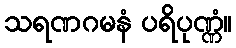
သရဏဂမနံ ပရိပုဏ္ဏံ။